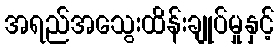
အရည်အသွေးထိန်းချုပ်မှုနှင့်